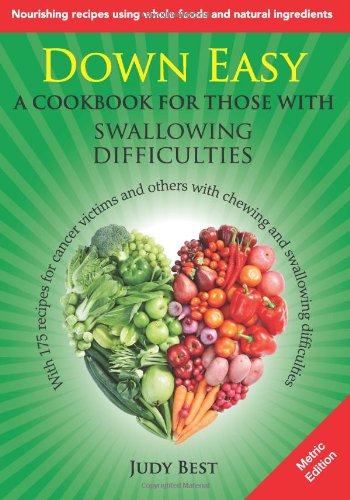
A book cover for Down Easy Metric Edition: A cookbook for those with swallowing difficulties; Judy Best; Cookbooks, Food & Wine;